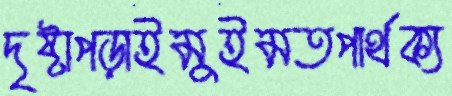
দৃষ্টাপড়াইমুইমতপার্থক্য